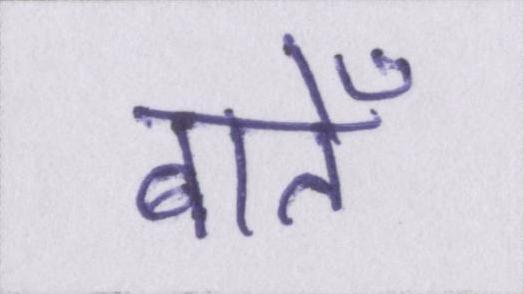
बातेँ